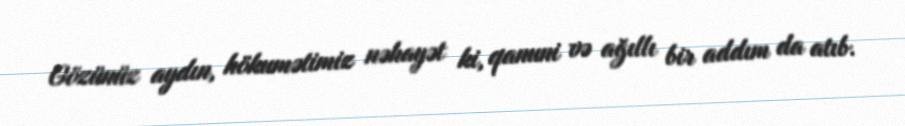
Gözünüz aydın, hökumətimiz nəhayət ki, qanuni və ağıllı bir addım da atıb.